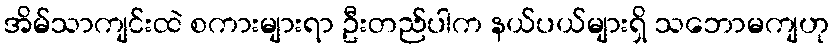
အိမ်သာကျင်းထဲ စကားများရာ ဦးတည်ပါက နယ်ပယ်များရှိ သဘောမကျဟု